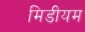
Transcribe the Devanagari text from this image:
मिडीयम